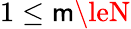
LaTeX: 1\le\mathsf{m}\leN